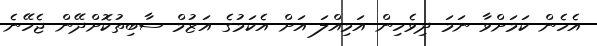
އެހެން ކަމަށްވާ ނަމަ ދިވެހިން އަމިއްލަ އަށް އެކަމުގެ އަޒުމް ސާބިތުކޮށްދޭން ޖެހޭނެ